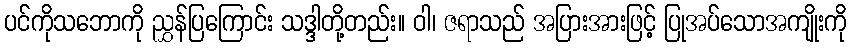
ပင်ကိုသဘောကို ညွှန်ပြကြောင်း သဒ္ဒါတို့တည်း။ ဝါ၊ ဇရာသည် အပြားအားဖြင့် ပြုအပ်သောအကျိုးကို